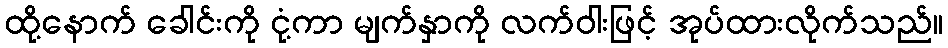
ထို့နောက် ခေါင်းကို ငုံ့ကာ မျက်နှာကို လက်ဝါးဖြင့် အုပ်ထားလိုက်သည်။